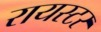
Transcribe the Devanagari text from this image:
रायस्टर